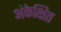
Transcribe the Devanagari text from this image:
अंकेक्षित